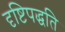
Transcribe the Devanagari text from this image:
दृष्टिपद्धति